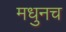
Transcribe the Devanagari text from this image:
मधुनच